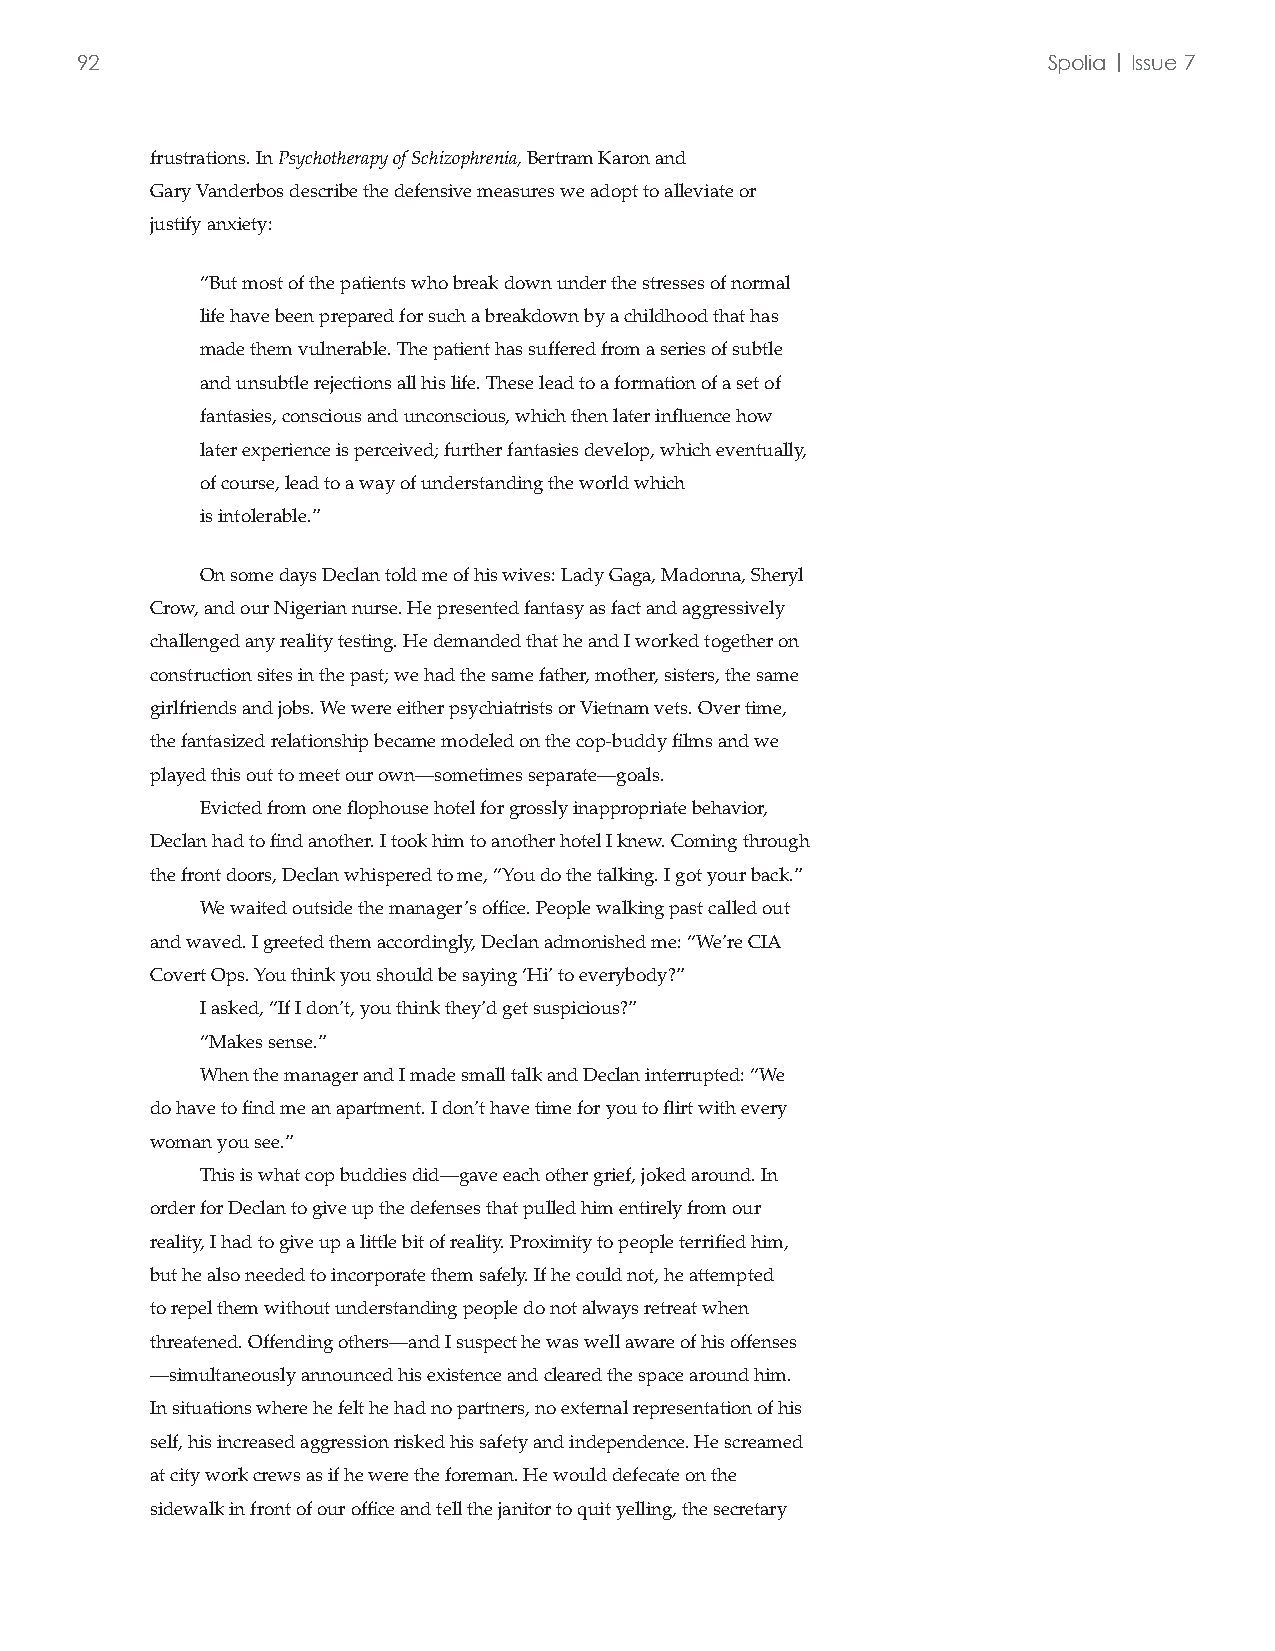
92                                                              Spolia | Issue 7
 frustrations. In Psychotherapy of Schizophrenia, Bertram Karon and
 Gary Vanderbos describe the defensive measures we adopt to alleviate or
 justify anxiety:
 “But most of the patients who break down under the stresses of normal
 life have been prepared for such a breakdown by a childhood that has
 made them vulnerable. The patient has suffered from a series of subtle
 and unsubtle rejections all his life. These lead to a formation of a set of
 fantasies, conscious and unconscious, which then later influence how
 later experience is perceived; further fantasies develop, which eventually,
 of course, lead to a way of understanding the world which
 is intolerable.”
 On some days Declan told me of his wives: Lady Gaga, Madonna, Sheryl
 Crow, and our Nigerian nurse. He presented fantasy as fact and aggressively
 challenged any reality testing. He demanded that he and I worked together on
 construction sites in the past; we had the same father, mother, sisters, the same
 girlfriends and jobs. We were either psychiatrists or Vietnam vets. Over time,
 the fantasized relationship became modeled on the cop-buddy films and we
 played this out to meet our own—sometimes separate—goals.
 Evicted from one flophouse hotel for grossly inappropriate behavior,
 Declan had to find another. I took him to another hotel I knew. Coming through
 the front doors, Declan whispered to me, “You do the talking. I got your back.”
 We waited outside the manager’s office. People walking past called out
 and waved. I greeted them accordingly, Declan admonished me: “We’re CIA
 Covert Ops. You think you should be saying ‘Hi’ to everybody?”
 I asked, “If I don’t, you think they’d get suspicious?”
 “Makes sense.”
 When the manager and I made small talk and Declan interrupted: “We
 do have to find me an apartment. I don’t have time for you to flirt with every
 woman you see.”
 This is what cop buddies did—gave each other grief, joked around. In
 order for Declan to give up the defenses that pulled him entirely from our
 reality, I had to give up a little bit of reality. Proximity to people terrified him,
 but he also needed to incorporate them safely. If he could not, he attempted
 to repel them without understanding people do not always retreat when
 threatened. Offending others—and I suspect he was well aware of his offenses
 —simultaneously announced his existence and cleared the space around him.
 In situations where he felt he had no partners, no external representation of his
 self, his increased aggression risked his safety and independence. He screamed
 at city work crews as if he were the foreman. He would defecate on the
 sidewalk in front of our office and tell the janitor to quit yelling, the secretary